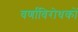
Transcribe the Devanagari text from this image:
वर्णाविरोधकों